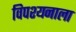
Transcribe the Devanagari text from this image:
विपश्यनाला